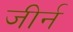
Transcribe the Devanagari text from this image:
जीर्न